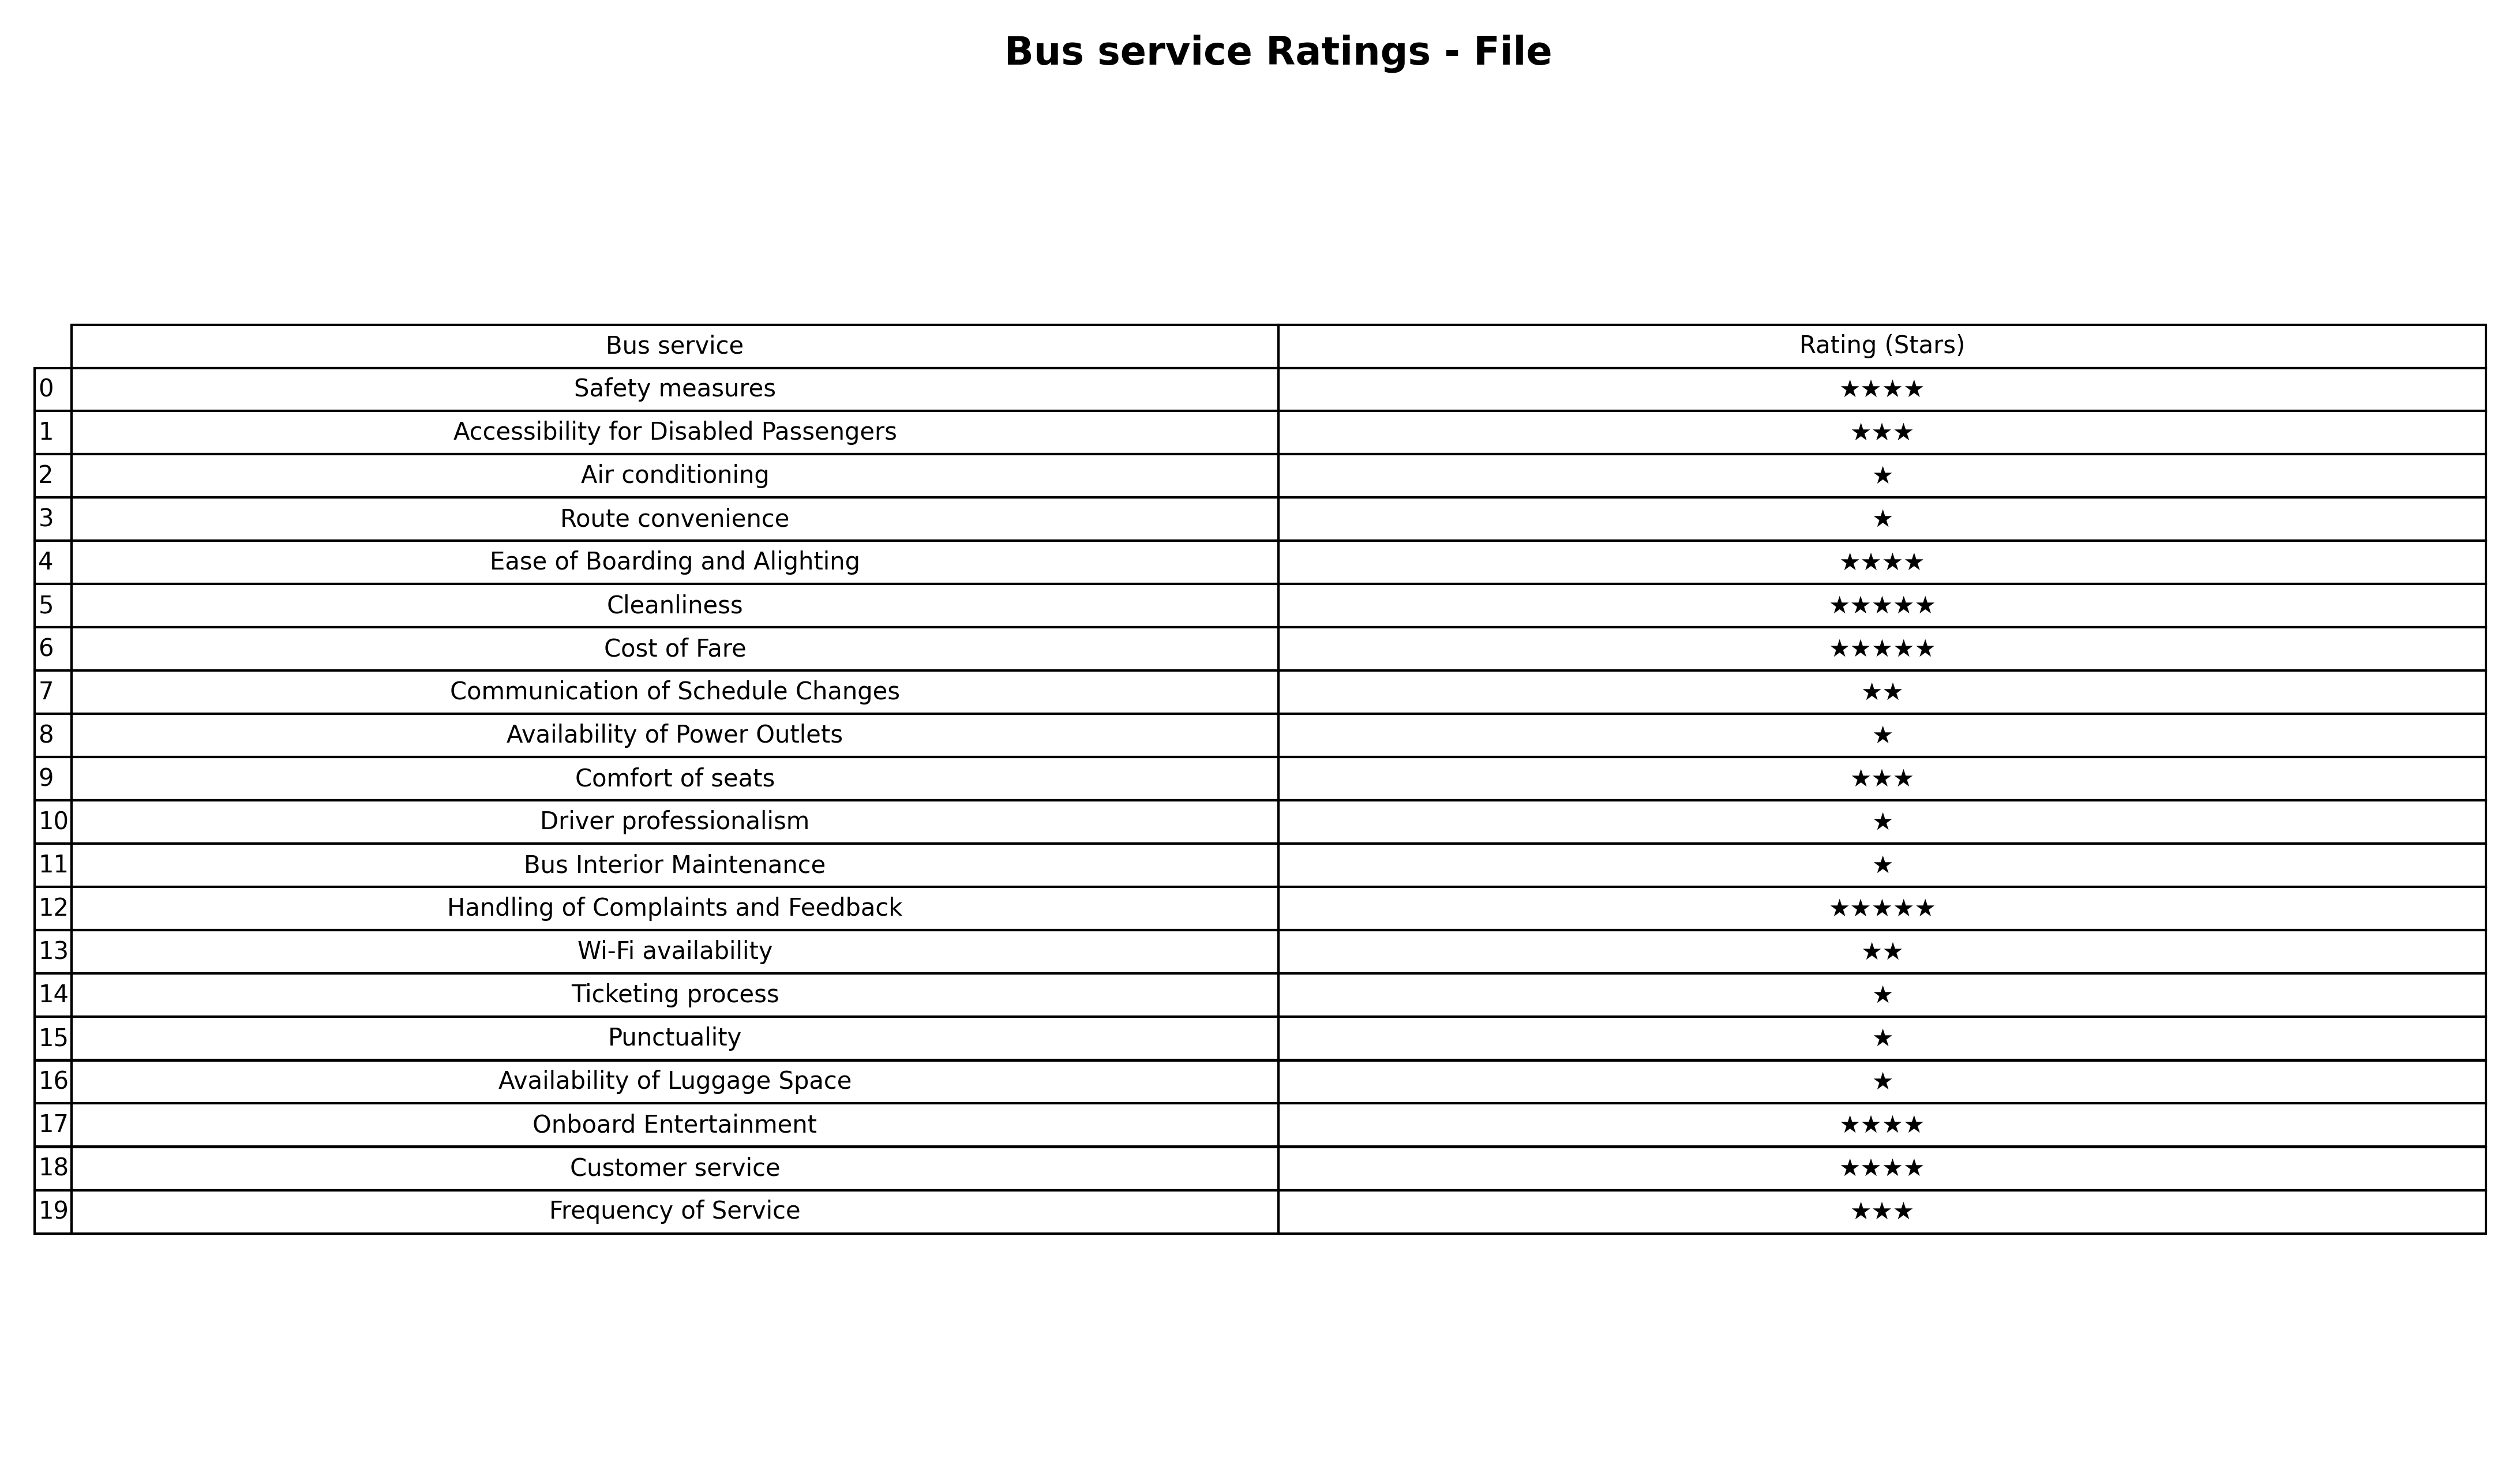
question: What are one star services?
answer: Air conditioningRoute convenienceAvailability of Power OutletsDriver professionalismBus Interior MaintenanceTicketing processPunctualityAvailability of Luggage Space